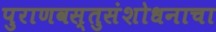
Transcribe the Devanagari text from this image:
पुराणवस्तुसंशोधनाचा